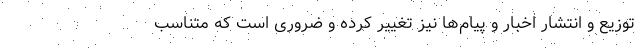
توزیع و انتشار اخبار و پیام‌ها نیز تغییر کرده و ضروری است که متناسب